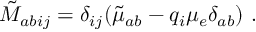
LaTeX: { \tilde { \cal M } } _ { a b i j } = \delta _ { i j } ( { \tilde { \mu } } _ { a b } - q _ { i } \mu _ { e } \delta _ { a b } ) \ .